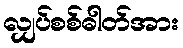
လျှပ်စစ်ဓါတ်အား